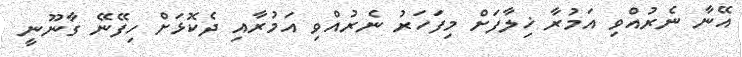
އޭނާ ނެރުއްވި އަމުރާ ޚިލާފަށް މިފަހަރު ނެރުއްވި އަމުރާއި ދެކޮޅަށް ހިފޭނޭ ގާނޫނީ